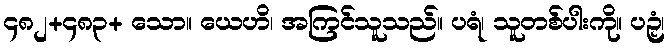
၄၈၂+၄၈၃+ သော။ ယေဟိ၊ အကြင်သူသည်။ ပရံ၊ သူတစ်ပါးကို။ ပဉှံ၊